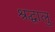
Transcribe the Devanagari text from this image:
श्रद्घालु